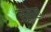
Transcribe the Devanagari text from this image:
सूमेख